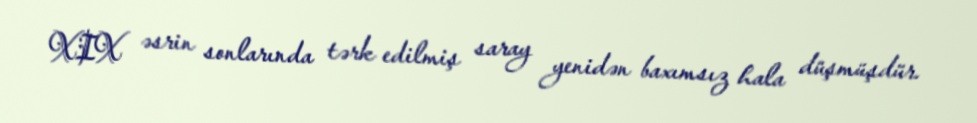
XIX əsrin sonlarında tərk edilmiş saray yenidən baxımsız hala düşmüşdür.